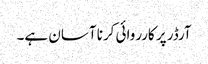
آرڈر پر کارروائی کرنا آسان ہے۔